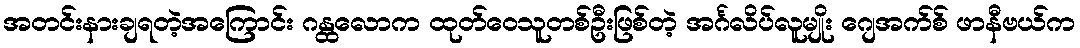
အတင်းနားချရတဲ့အကြောင်း ဂန္ထလောက ထုတ်ဝေသူတစ်ဦးဖြစ်တဲ့ အင်္ဂလိပ်လူမျိုး ဂျေအက်စ် ဖာနီဗယ်က